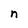
Character: n